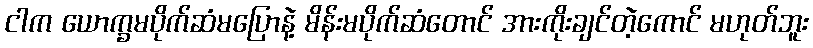
ငါက ယောက္ခမပိုက်ဆံမပြောနဲ့ မိန်းမပိုက်ဆံတောင် အားကိုးချင်တဲ့ကောင် မဟုတ်ဘူး